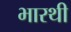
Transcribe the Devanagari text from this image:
भारथी